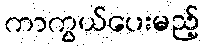
ကာကွယ်ပေးမည့်